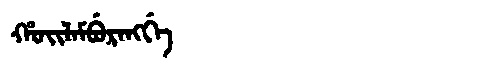
Manchu: ᡥᠣᡳᠯᠠᠮᠪᡠᡵᠠᠩᡤᡝ
Romanization: HOILAMBURANGGE